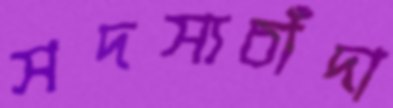
সদস্যচাঁদা